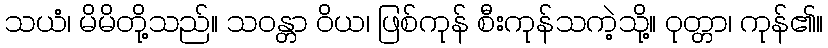
သယံ၊ မိမိတို့သည်။ သဝန္တာ ဝိယ၊ ဖြစ်ကုန် စီးကုန်သကဲ့သို့။ ဝုတ္တာ၊ ကုန်၏။